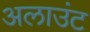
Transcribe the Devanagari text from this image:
अलाउंट